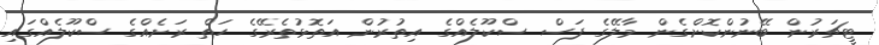
ޓީޗަރުން ބޭނުންކޮށްގެން މާލޭގެ ފަސް ސްކޫލެއްގެ އިތުރުން އަތޮޅުތެރޭގެ ހަތް ރަށެއްގެ ސްކޫލެއްގައި